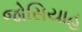
જોસિયાહ